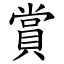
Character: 賞